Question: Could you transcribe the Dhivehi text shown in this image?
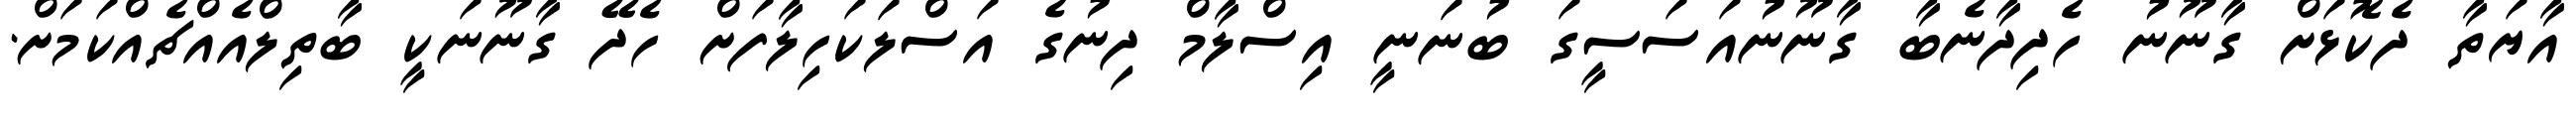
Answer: އާޔަތާ ދެކޮޅަށް ގާނޫނު ހެދިދާނެބާ ގާނޫނުއަސަސީގަ ބުނަނީ އިސްލާމް ދިނުގެ އަސްލަކަހިލާފަށް ހެދޭ ގާނޫނަކީ ބާތިލްއެއްޗެއްކަމަށް.